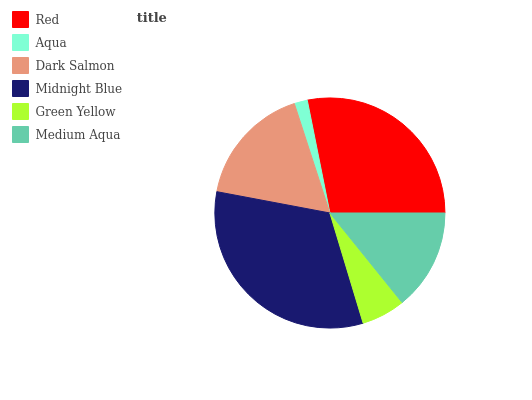
| Red | Aqua | Dark Salmon | Midnight Blue | Green Yellow | Medium Aqua |
 | --- | --- | --- | --- | --- | --- |
 | 28.2% | 1.85% | 17% | 32.6% | 6.14% | 14.2% |